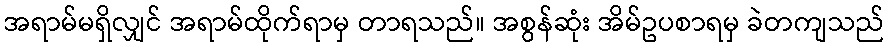
အရာမ်မရှိလျှင် အရာမ်ထိုက်ရာမှ တာရသည်။ အစွန်ဆုံး အိမ်ဥပစာရမှ ခဲတကျသည်